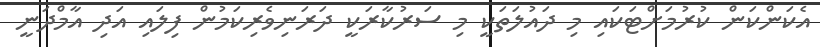
އެކަންކަން ކުރުމަށްޓަކައި މި ދައުލަތަކީ މި ސަރުކާރަކީ ދަރަނިވެރިކަމުން ފިލައި އަދި އާމްދަނީ